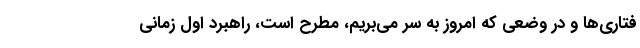
فتاری‌ها و در وضعی که امروز به سر می‌بریم، مطرح است، راهبرد اول زمانی